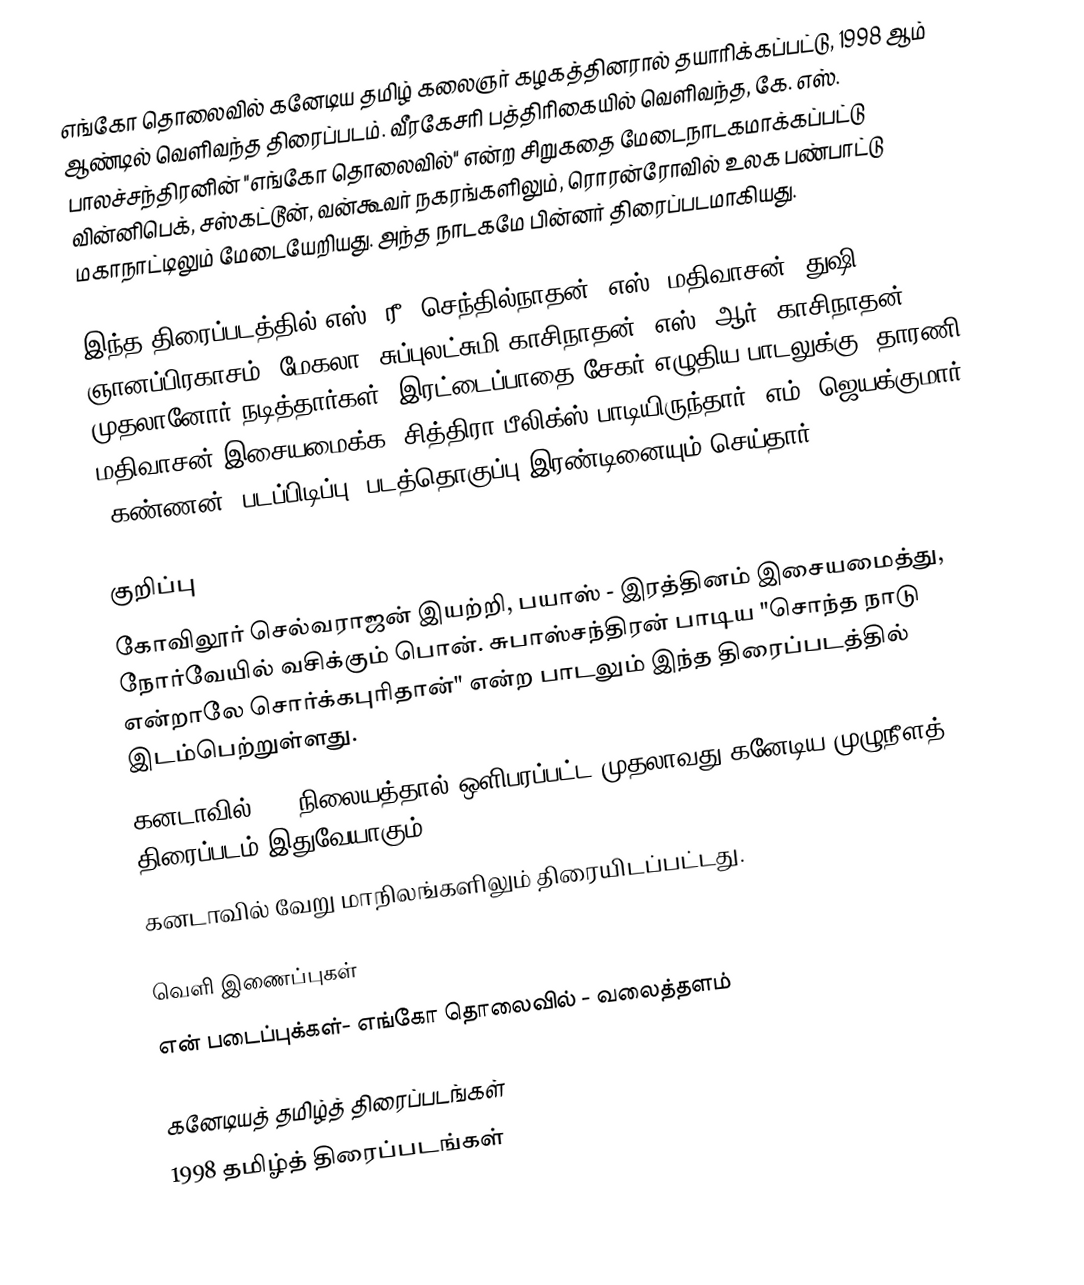
எங்கோ தொலைவில் கனேடிய தமிழ் கலைஞர் கழகத்தினரால் தயாரிக்கப்பட்டு, 1998 ஆம் ஆண்டில் வெளிவந்த திரைப்படம். வீரகேசரி பத்திரிகையில் வெளிவந்த, கே. எஸ். பாலச்சந்திரனின் "எங்கோ தொலைவில்" என்ற சிறுகதை மேடைநாடகமாக்கப்பட்டு வின்னிபெக், சஸ்கட்டூன், வன்கூவர் நகரங்களிலும், ரொரன்ரோவில் உலக பண்பாட்டு மகாநாட்டிலும் மேடையேறியது. அந்த நாடகமே பின்னர் திரைப்படமாகியது.

இந்த திரைப்படத்தில் எஸ். ரீ. செந்தில்நாதன், எஸ். மதிவாசன், துஷி ஞானப்பிரகாசம், மேகலா, சுப்புலட்சுமி காசிநாதன், எஸ். ஆர். காசிநாதன் முதலானோர் நடித்தார்கள். இரட்டைப்பாதை சேகர் எழுதிய பாடலுக்கு, தாரணி மதிவாசன் இசையமைக்க, சித்திரா பீலிக்ஸ் பாடியிருந்தார். எம். ஜெயக்குமார் (கண்ணன்) படப்பிடிப்பு, படத்தொகுப்பு இரண்டினையும் செய்தார்.

குறிப்பு
கோவிலூர் செல்வராஜன் இயற்றி, பயாஸ் - இரத்தினம் இசையமைத்து, நோர்வேயில் வசிக்கும் பொன். சுபாஸ்சந்திரன் பாடிய "சொந்த நாடு என்றாலே சொர்க்கபுரிதான்" என்ற பாடலும் இந்த திரைப்படத்தில் இடம்பெற்றுள்ளது.
 கனடாவில் TVI நிலையத்தால் ஒளிபரப்பட்ட முதலாவது கனேடிய முழுநீளத் திரைப்படம் இதுவேயாகும்.
 கனடாவில் வேறு மாநிலங்களிலும் திரையிடப்பட்டது.

வெளி இணைப்புகள்
என் படைப்புக்கள்- எங்கோ தொலைவில் - வலைத்தளம்

கனேடியத் தமிழ்த் திரைப்படங்கள்
1998 தமிழ்த் திரைப்படங்கள்